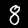
Digit: 8